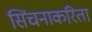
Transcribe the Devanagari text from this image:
सिंचनाकरिता